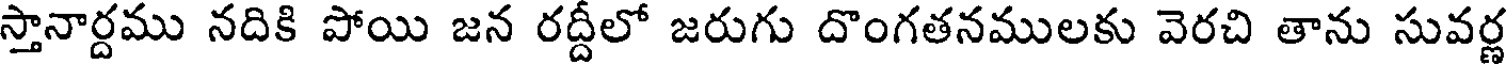
స్తానార్దము నదికి పోయి జన రద్దీలో జరుగు దొంగతనములకు వెరచి తాను సువర్ణ